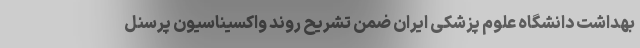
بهداشت دانشگاه علوم پزشکی ایران ضمن تشریح روند واکسیناسیون پرسنل